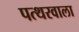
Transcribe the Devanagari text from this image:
पत्थरवाला